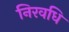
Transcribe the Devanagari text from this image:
निरवधि